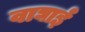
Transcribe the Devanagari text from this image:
वाघाई